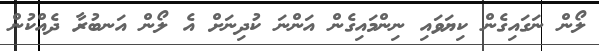
ލޯން ނަގައިގެން ކިޔަވައި ނިންމައިގެން އަންނަ ކުދިނަށް އެ ލޯން އަނބުރާ ދެއްކުން